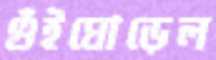
গুঁইঘোড়েল